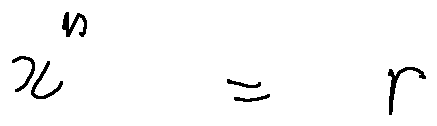
x ^ { n } = r